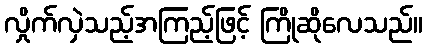
လှိုက်လှဲသည့်အကြည့်ဖြင့် ကြိုဆိုလေသည်။